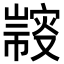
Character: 𢅢